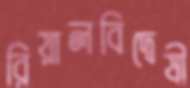
রিয়ালবিদ্বেষী